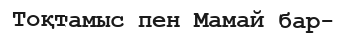
Тоқтамыс пен Мамай бар-